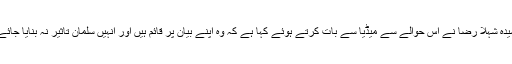
سیدہ شہلا رضا نے اس حوالے سے میڈیا سے بات کرتے ہوئے کہا ہے کہ وہ اپنے بیان پر قائم ہیں اور انہیں سلمان تاثیر نہ بنایا جائے۔